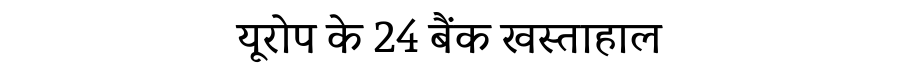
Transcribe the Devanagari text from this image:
यूरोप के 24 बैंक खस्ताहाल